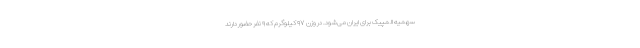
سهمیه المپیک برای ایران می‌شود. در وزن ۹۷ کیلوگرم که ۹ نفر حضور دارند